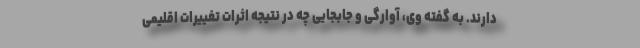
دارند. به گفته وی، آوارگی و جابجایی چه در نتیجه اثرات تغییرات اقلیمی